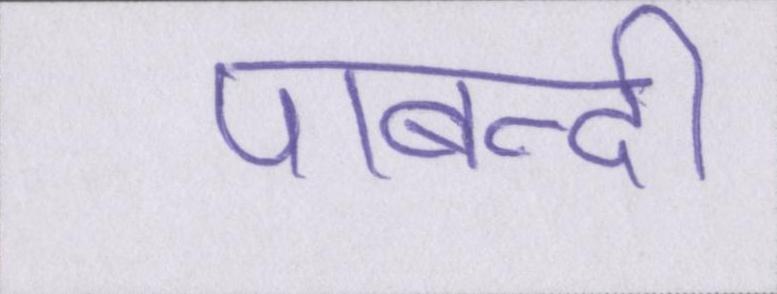
पाबन्दी